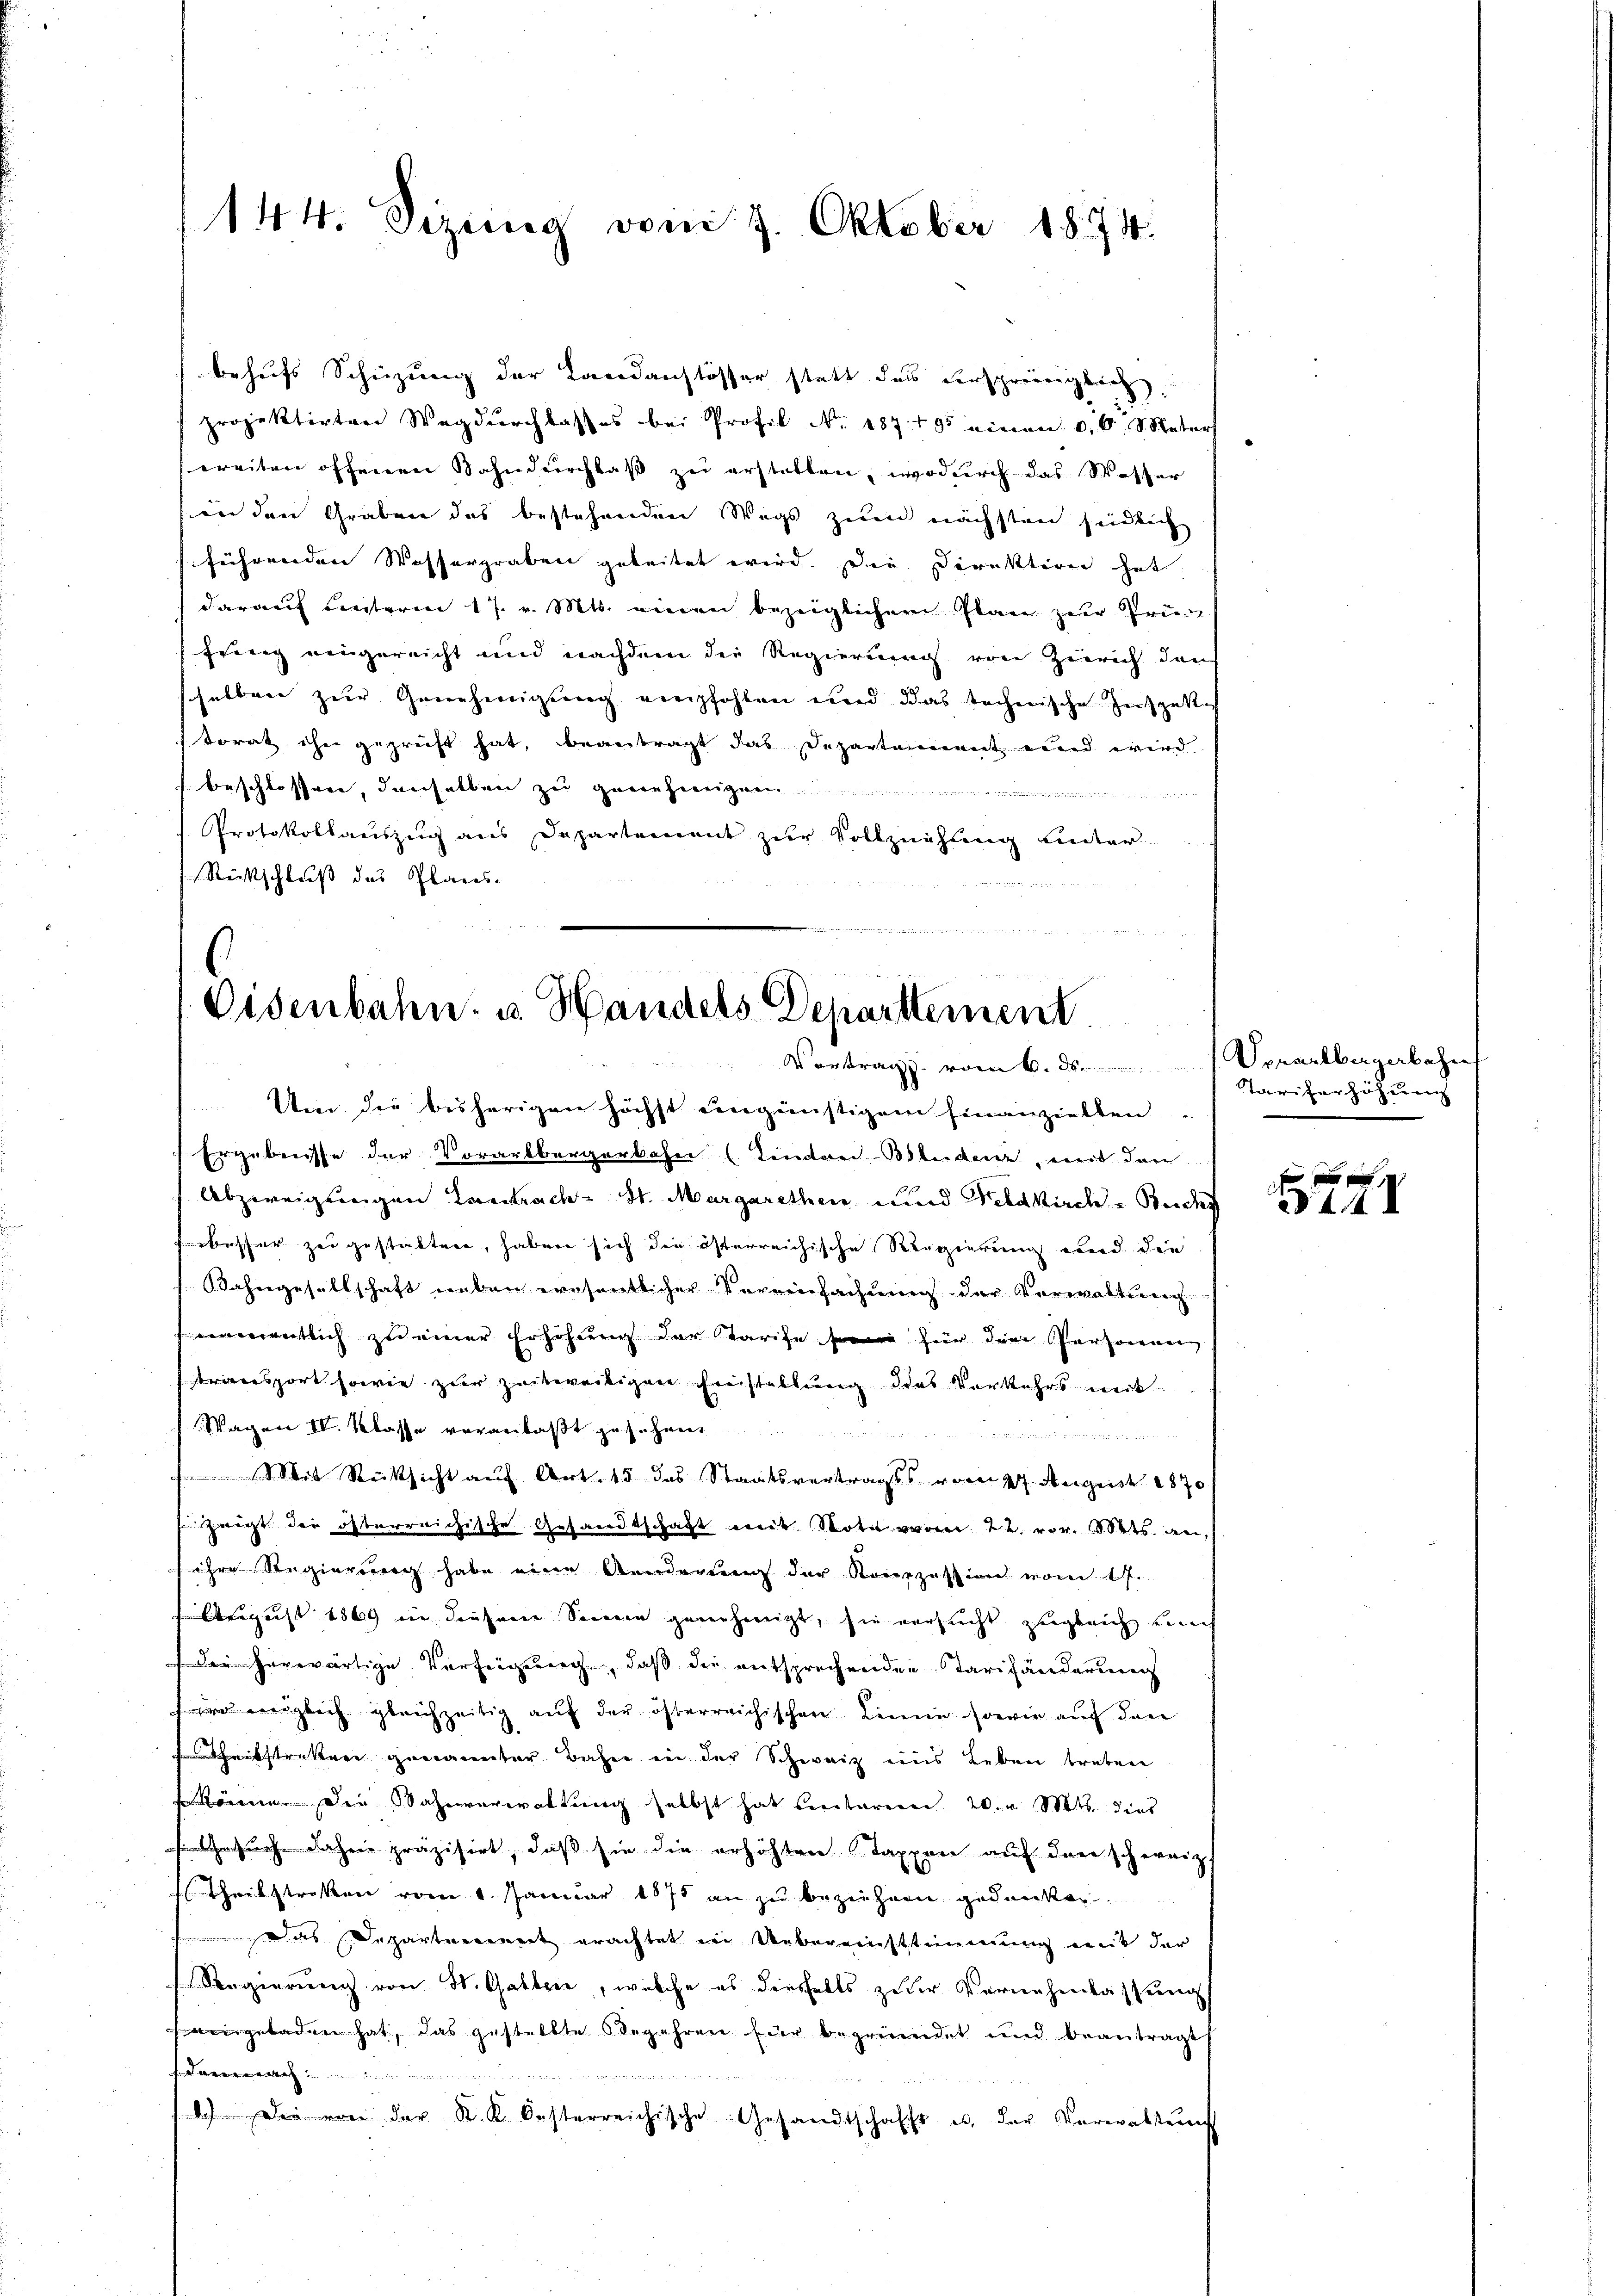
144. Sizung vom 4. Oktober 1874.

behufs Schüzung der Landanstösser statt das dersprünglich,
projektirten Weg durchlasses bei Profil No 187. 195 einen 0,6 Meter
ereiten offenen Bahndurchlaß zu erstatten, wodurch das Wesser
in den Graben des bestehenden Wegs zum nächsten seidlich
führenden Wassergraben geleitet wird. Die Direktiren hat
darauf Leisterm 17. v. Mts. einen bezeiglichem Plan zur Prü
Errung eingereicht und nachdem die Regierung von Zürich den
shelben zur Genehmigung empfohlen und das techerische Zerspatte
torat ihn geprüft hat, beantragt das Departement und wird
beschlossen, denselben zu genehmigen

Protokollauszug aus Departement zŭr Vollziehung unter
Reitschluß des Planes.

Eisenbahn u. Handels Departement
Vortrag vom 6. ds.
Um die bisherigen höchst eingünstigem Finanzielten

Ergebnisse der Vorarlbergerbahn (Tietaristerden, mit den
Abzweigungen Eintrach St. Margarethen und Feldkirch Buch
bescher zur gestatten, haben sich die österreichische Regierung wird, die
Bahngesellschaft neben wesentlicher Vereinfachung der Verwaltung
entlich zu einer Erhöhung der Starife, sowie für den Personnen
transport sowie zur zeitweiligen Einstellung des Verkehrs mit
Wagen IV. Klasse veranlaßt gesehen

Mit Rücksicht auf Art. 15 das Staatsvertrags vom 27. August 1870
wigt der österreichische Gesandtschaft mit Note waren 22. vor. 180kts. an,
 ihre Regierung habe eine Aenderung der Konzession vom 17.
 August 1869 in diesene Seinen genehmigt, sie versucht zugleich kun
Die herwärtige Verfeigung, daß die entsprechenden Tarifänderung
im englich gleichzeitig auf der österreichischen Linne sowie auf den
estriken genannter Bahn in der Schweiz eins Leben treben
 können. Die Wahnverwaltung selbst hat beritarere 20. v. Mts. dies
such daher präzisirt, daß sie die erhöhten Tappen auf der schweiz.
Theilstreken vom 1. Januar 1875 an zu beziehern gedanken
as Departarinet erachtet in Uebereinstimmung mit der
Regierung von St. Galler, welche es diesfalls zu der Vernehmlassung
eingeladen hat, das gestellte begehren für begründet und beantragt
a
4.) Die von der K. K. Oesterreichische Gesandtschafft u. der Verwaltung

Dorarlbergabahn
Tariferhöhung

f 0 x
44